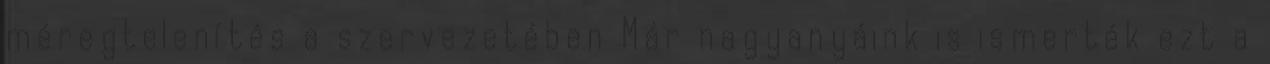
méregtelenítés a szervezetében Már nagyanyáink is ismerték ezt a